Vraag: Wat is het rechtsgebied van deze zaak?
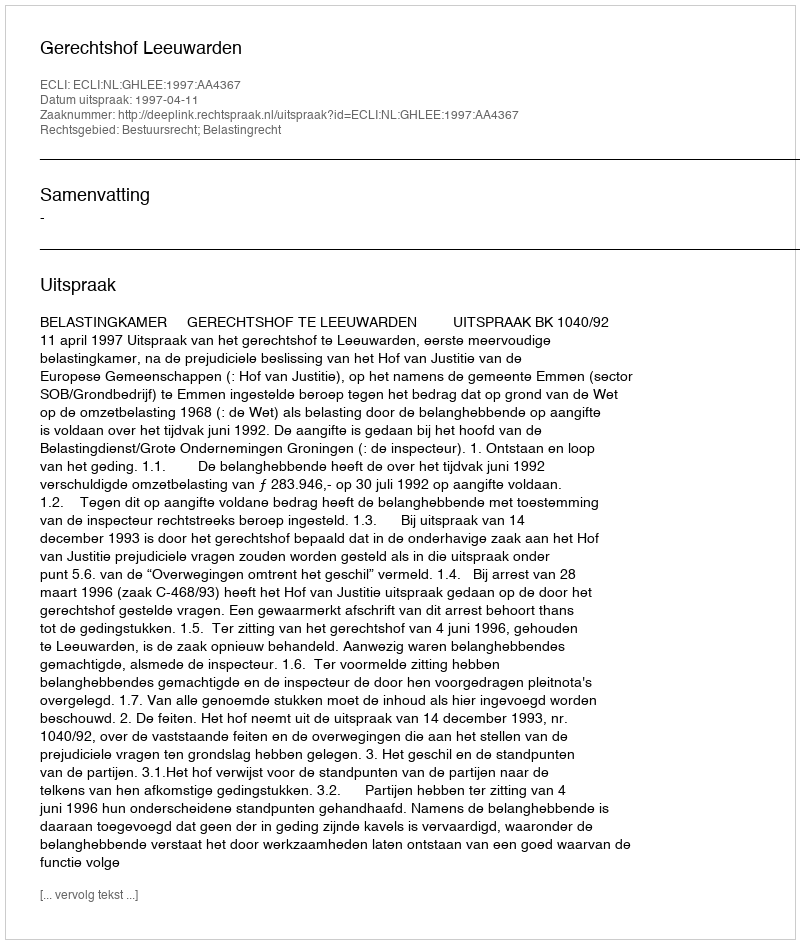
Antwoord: Bestuursrecht; Belastingrecht